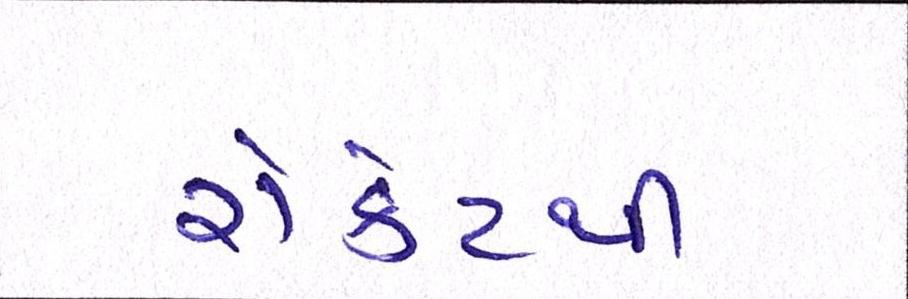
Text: રોકેટથી